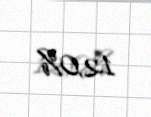
12,0%